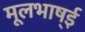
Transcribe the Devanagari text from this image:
मूलभाष्ई